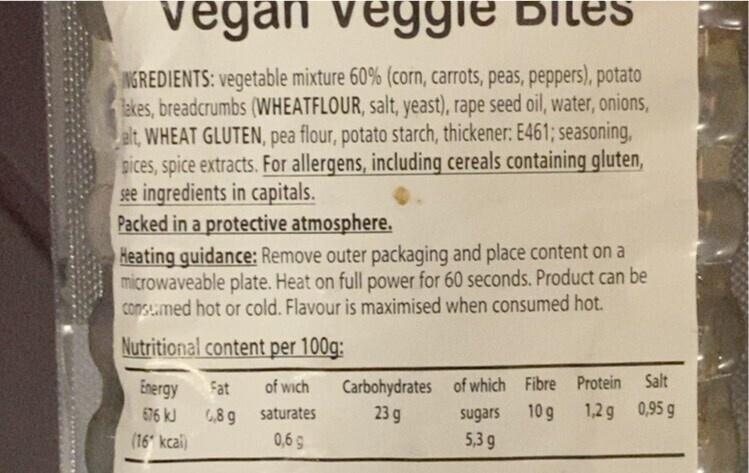
vegan veggie Dites
INGREDIENTS: vegetable mixture 60% (corn, carrots, peas, peppers), potato lakes, breadcrumbs (WHEATFLOUR, salt, yeast), rape seed oil, water, onions, alt, WHEAT GLUTEN, pea flour, potato starch, thickener: E461; seasoning, pices, spice extracts. For allergens, including cereals containing gluten, see ingredients in capitals.
Packed in a protective atmosphere.
Heating guidance: Remove outer packaging and place content on a microwaveable plate. Heat on full power for 60 seconds. Product can be consumed hot or cold. Flavour is maximised when consumed hot.
Nutritional content per 100g:
Energy
676 kJ
(16 kcal)
Fat of wich
6,89 saturates
0,6 g
Carbohydrates 23 g
of which Fibre
10 g
sugars 5,3 g
Protein Salt 1,2 g 0,95 g